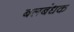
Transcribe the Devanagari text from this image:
बलबंधक